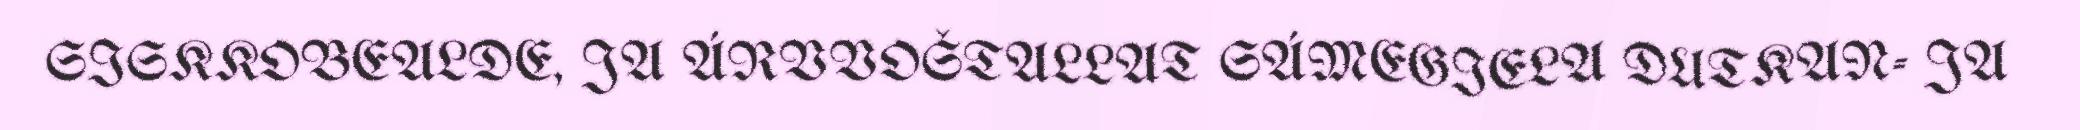
SISKKOBEALDE, JA ÁRVVOŠTALLAT SÁMEGIELA DUTKAN- JA